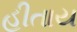
હીતાય